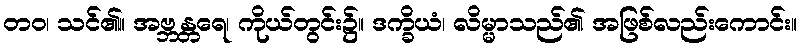
တဝ၊ သင်၏။ အဗ္ဘန္တရေ၊ ကိုယ်တွင်း၌။ ဒက္ခိယံ၊ လိမ္မာသည်၏ အဖြစ်လည်းကောင်း။